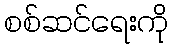
စစ်ဆင်ရေးကို